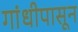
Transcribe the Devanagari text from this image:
गांधीपासून